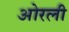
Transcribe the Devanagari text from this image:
ओरली